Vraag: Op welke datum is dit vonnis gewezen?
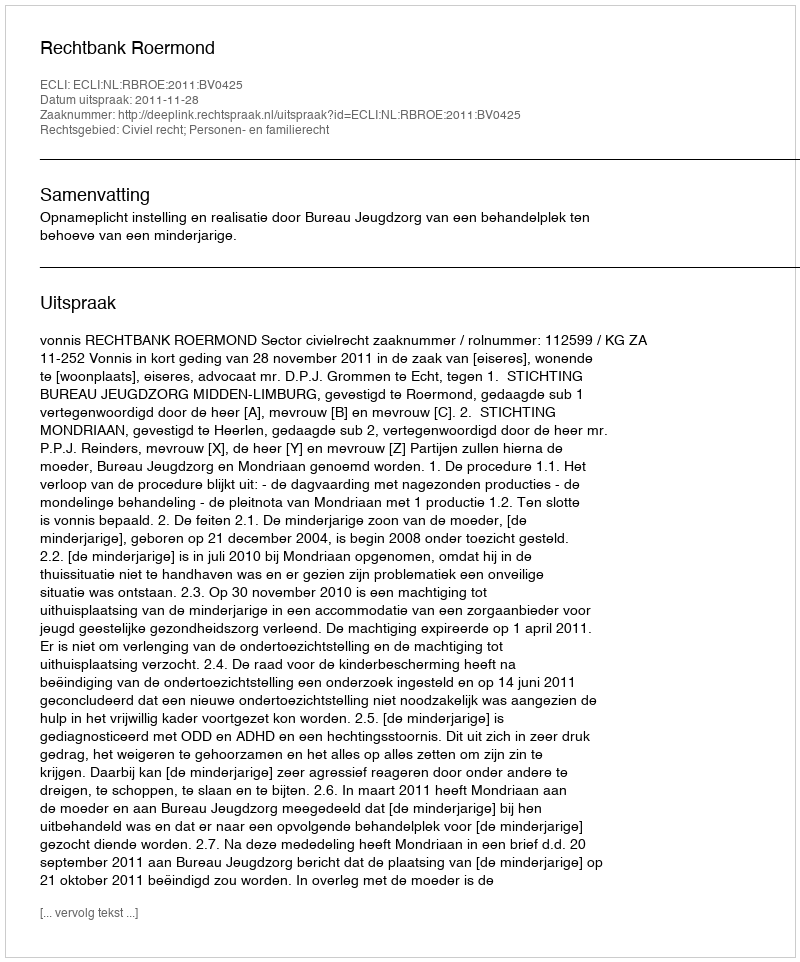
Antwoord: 2011-11-28